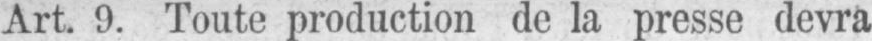
Art. 9. Toute production de la presse devra